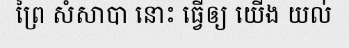
ព្រៃ សំសាបា នោះ ធ្វើឲ្យ យើង យល់